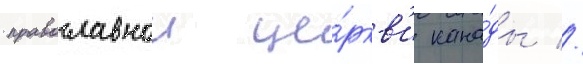
православнои це́ркв'и кана́ды //